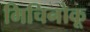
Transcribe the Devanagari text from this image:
मिचिनोकू